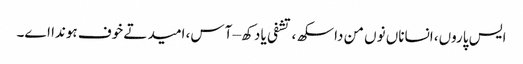
ایس پاروں، انساناں نوں من دا سکھ، تشفی یا دکھ – آس، امید تے خوف ہوندا اے۔